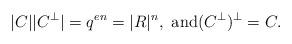
LaTeX: \begin{align*} |C||C^{\bot}|=q^{en}=|R|^n, \text{ and}(C^{\bot})^{\bot}=C.\end{align*}